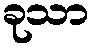
ခုသာ